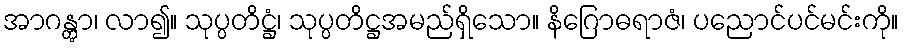
အာဂန္တွာ၊ လာ၍။ သုပ္ပတိဋ္ဌံ၊ သုပ္ပတိဋ္ဌအမည်ရှိသော။ နိဂြောဓရာဇံ၊ ပညောင်ပင်မင်းကို။